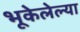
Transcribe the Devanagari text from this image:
भूकेलेल्या